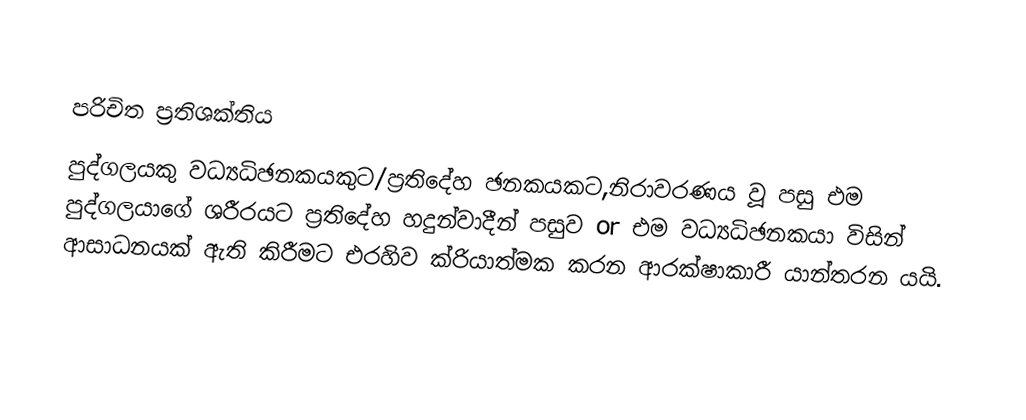

පරිචිත ප්‍රතිශක්තිය
පුද්ගලයකු වධ්‍යධිඡනකයකුට/ප්‍රතිදේහ ඡනකයකට,නිරාවරණය වූ පසු එම පුද්ගලයාගේ ශරීරයට ප්‍රතිදේහ හදුන්වාදීන් පසුව or එම වධ්‍යධිඡනකයා විසින් ආසාධනයක් ඇති කිරීමට එරහිව ක්රියාත්මක කරන ආරක්ෂාකාරී යාන්තරන යයි.